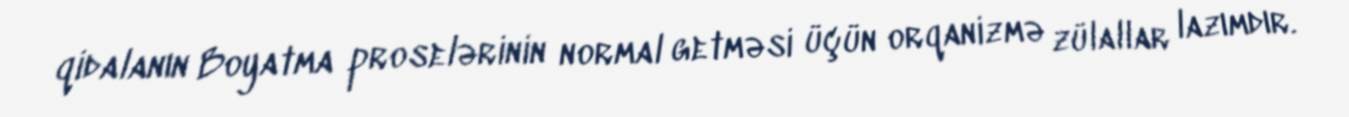
qidalanın Boyatma proselərinin normal getməsi üçün orqanizmə zülallar lazımdır.